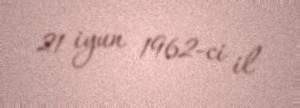
21 iyun 1962-ci il